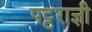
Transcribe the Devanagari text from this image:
पट्टराज्ञी